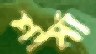
শার্মা